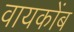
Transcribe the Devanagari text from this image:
वायकोंब